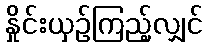
နှိုင်းယှဉ်ကြည့်လျှင်